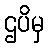
ဌပိမှ